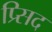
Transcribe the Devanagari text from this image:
प्र्सिद